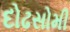
દોઢસોમી